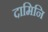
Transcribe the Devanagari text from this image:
दामिनि